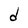
Character: d